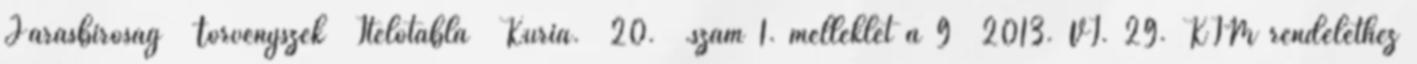
Járásbíróság Törvényszék Ítélőtábla Kúria. 20. .szám 1. melléklet a 9 2013. VI. 29. KIM rendelethez